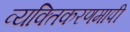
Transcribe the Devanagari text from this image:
व्यक्तिकरणमापी